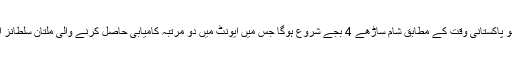
آج کھیلا جانے والا پہلا میچ ایونٹ کا چھٹا میچ ہوگا جو پاکستانی وقت کے مطابق شام ساڑھے 4 بجے شروع ہوگا جس میں ایونٹ میں دو مرتبہ کامیابی حاصل کرنے والی ملتان سلطانز اپنا تیسرا میچ اسلام آباد یونائیٹیڈ کے خلاف کھیلے گی۔